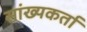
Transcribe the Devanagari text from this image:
सांख्यकर्ता